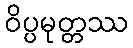
ဝိပ္ပမုတ္တဿ